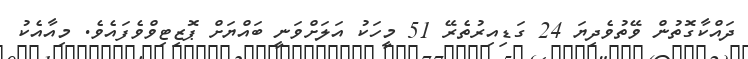
ދައްކާގޮތުން ވޭތުވެދިޔަ 24 ގަޑިއިރުތެރޭ 51 މީހަކު އަލަށްވަނީ ބައްޔަށް ޕޮޒިޓިވްވެފައެވެ. މިއާއެކު